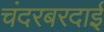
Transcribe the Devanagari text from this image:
चंदरबरदाई